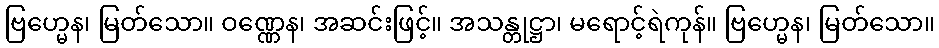
ဗြဟ္မေန၊ မြတ်သော။ ဝဏ္ဏေန၊ အဆင်းဖြင့်။ အသန္တုဋ္ဌာ၊ မရောင့်ရဲကုန်။ ဗြဟ္မေန၊ မြတ်သော။